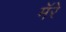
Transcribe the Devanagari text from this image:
मॅरे